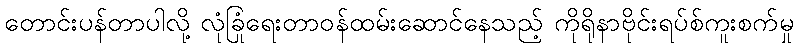
တောင်းပန်တာပါလို့ လုံခြုံရေးတာဝန်ထမ်းဆောင်နေသည့် ကိုရိုနာဗိုင်းရပ်စ်ကူးစက်မှု